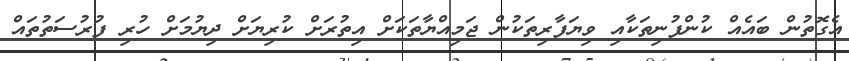
އެގޮތުން ބައެއް ކުންފުނިތަކާއި ވިޔަފާރިތަކުން ޖަމިއްޔާތަކަށް އިތުރަށް ކުރިޔަށް ދިޔުމަށް ހުރި ފުރުސަތުތައް